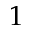
1